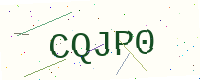
Text: CQJP0